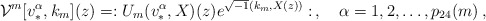
\begin{align*} {\cal V}^m[v^\alpha_*,k_m](z)= :U_m(v^\alpha_*,X)(z)e^{\sqrt{-1}(k_m,X(z))}:\,,\quad \alpha=1,2,\ldots,p_{24}(m)\,,\end{align*}